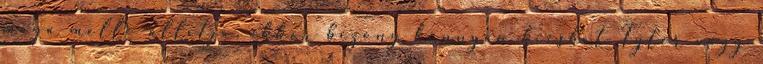
maga mellé állítja, akkor bizony könnyen kieshet Tyler vagy